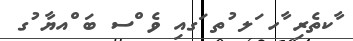
ާކތެރި ާހ ަލ ުތ ަގއި ވެ ްސ ބަ ްއޔާ ުގ